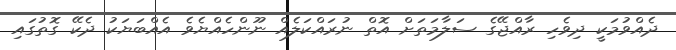
ދެއްވުމަކީ ދިވެހި ރާއްޖޭގެ ސަލާމަތަށް އޮތް ނުރައްކަލެއް ނޫންހެއްޔެވެ އެއްބަޔަކު ދެކޭ ގޮތުގައި